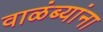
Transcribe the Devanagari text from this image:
वाळंब्यांना